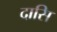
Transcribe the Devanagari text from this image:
दासि